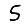
Digit: 5